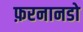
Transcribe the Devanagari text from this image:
फ़रनानडो